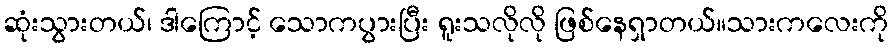
ဆုံးသွားတယ်၊ ဒါကြောင့် သောကပွားပြီး ရူးသလိုလို ဖြစ်နေရှာတယ်။သားကလေးကို